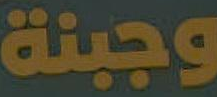
وجبنة